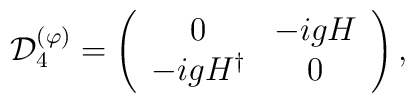
{\cal D}^{(\varphi)}_{4}=\left(                \begin{array}{cc}                              0 & -i g H \\                              -i g H^{\dagger} & 0               \end{array}               \right),